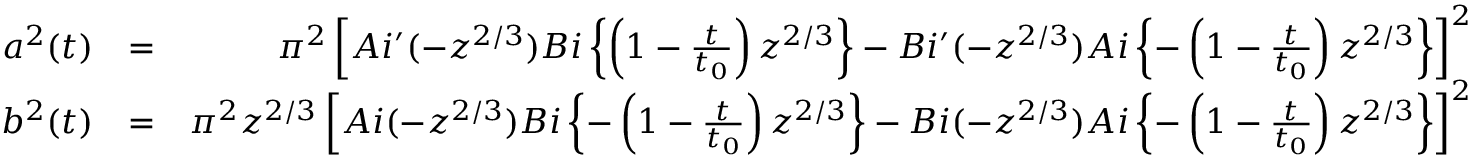
\begin{array} { r l r } { a ^ { 2 } ( t ) } & { = } & { \pi ^ { 2 } \left[ A i ^ { \prime } ( - z ^ { 2 / 3 } ) B i \left\{ \left( 1 - \frac { t } { t _ { 0 } } \right) z ^ { 2 / 3 } \right\} - B i ^ { \prime } ( - z ^ { 2 / 3 } ) A i \left\{ - \left( 1 - \frac { t } { t _ { 0 } } \right) z ^ { 2 / 3 } \right\} \right] ^ { 2 } } \\ { b ^ { 2 } ( t ) } & { = } & { \pi ^ { 2 } z ^ { 2 / 3 } \left[ A i ( - z ^ { 2 / 3 } ) B i \left\{ - \left( 1 - \frac { t } { t _ { 0 } } \right) z ^ { 2 / 3 } \right\} - B i ( - z ^ { 2 / 3 } ) A i \left\{ - \left( 1 - \frac { t } { t _ { 0 } } \right) z ^ { 2 / 3 } \right\} \right] ^ { 2 } } \end{array}